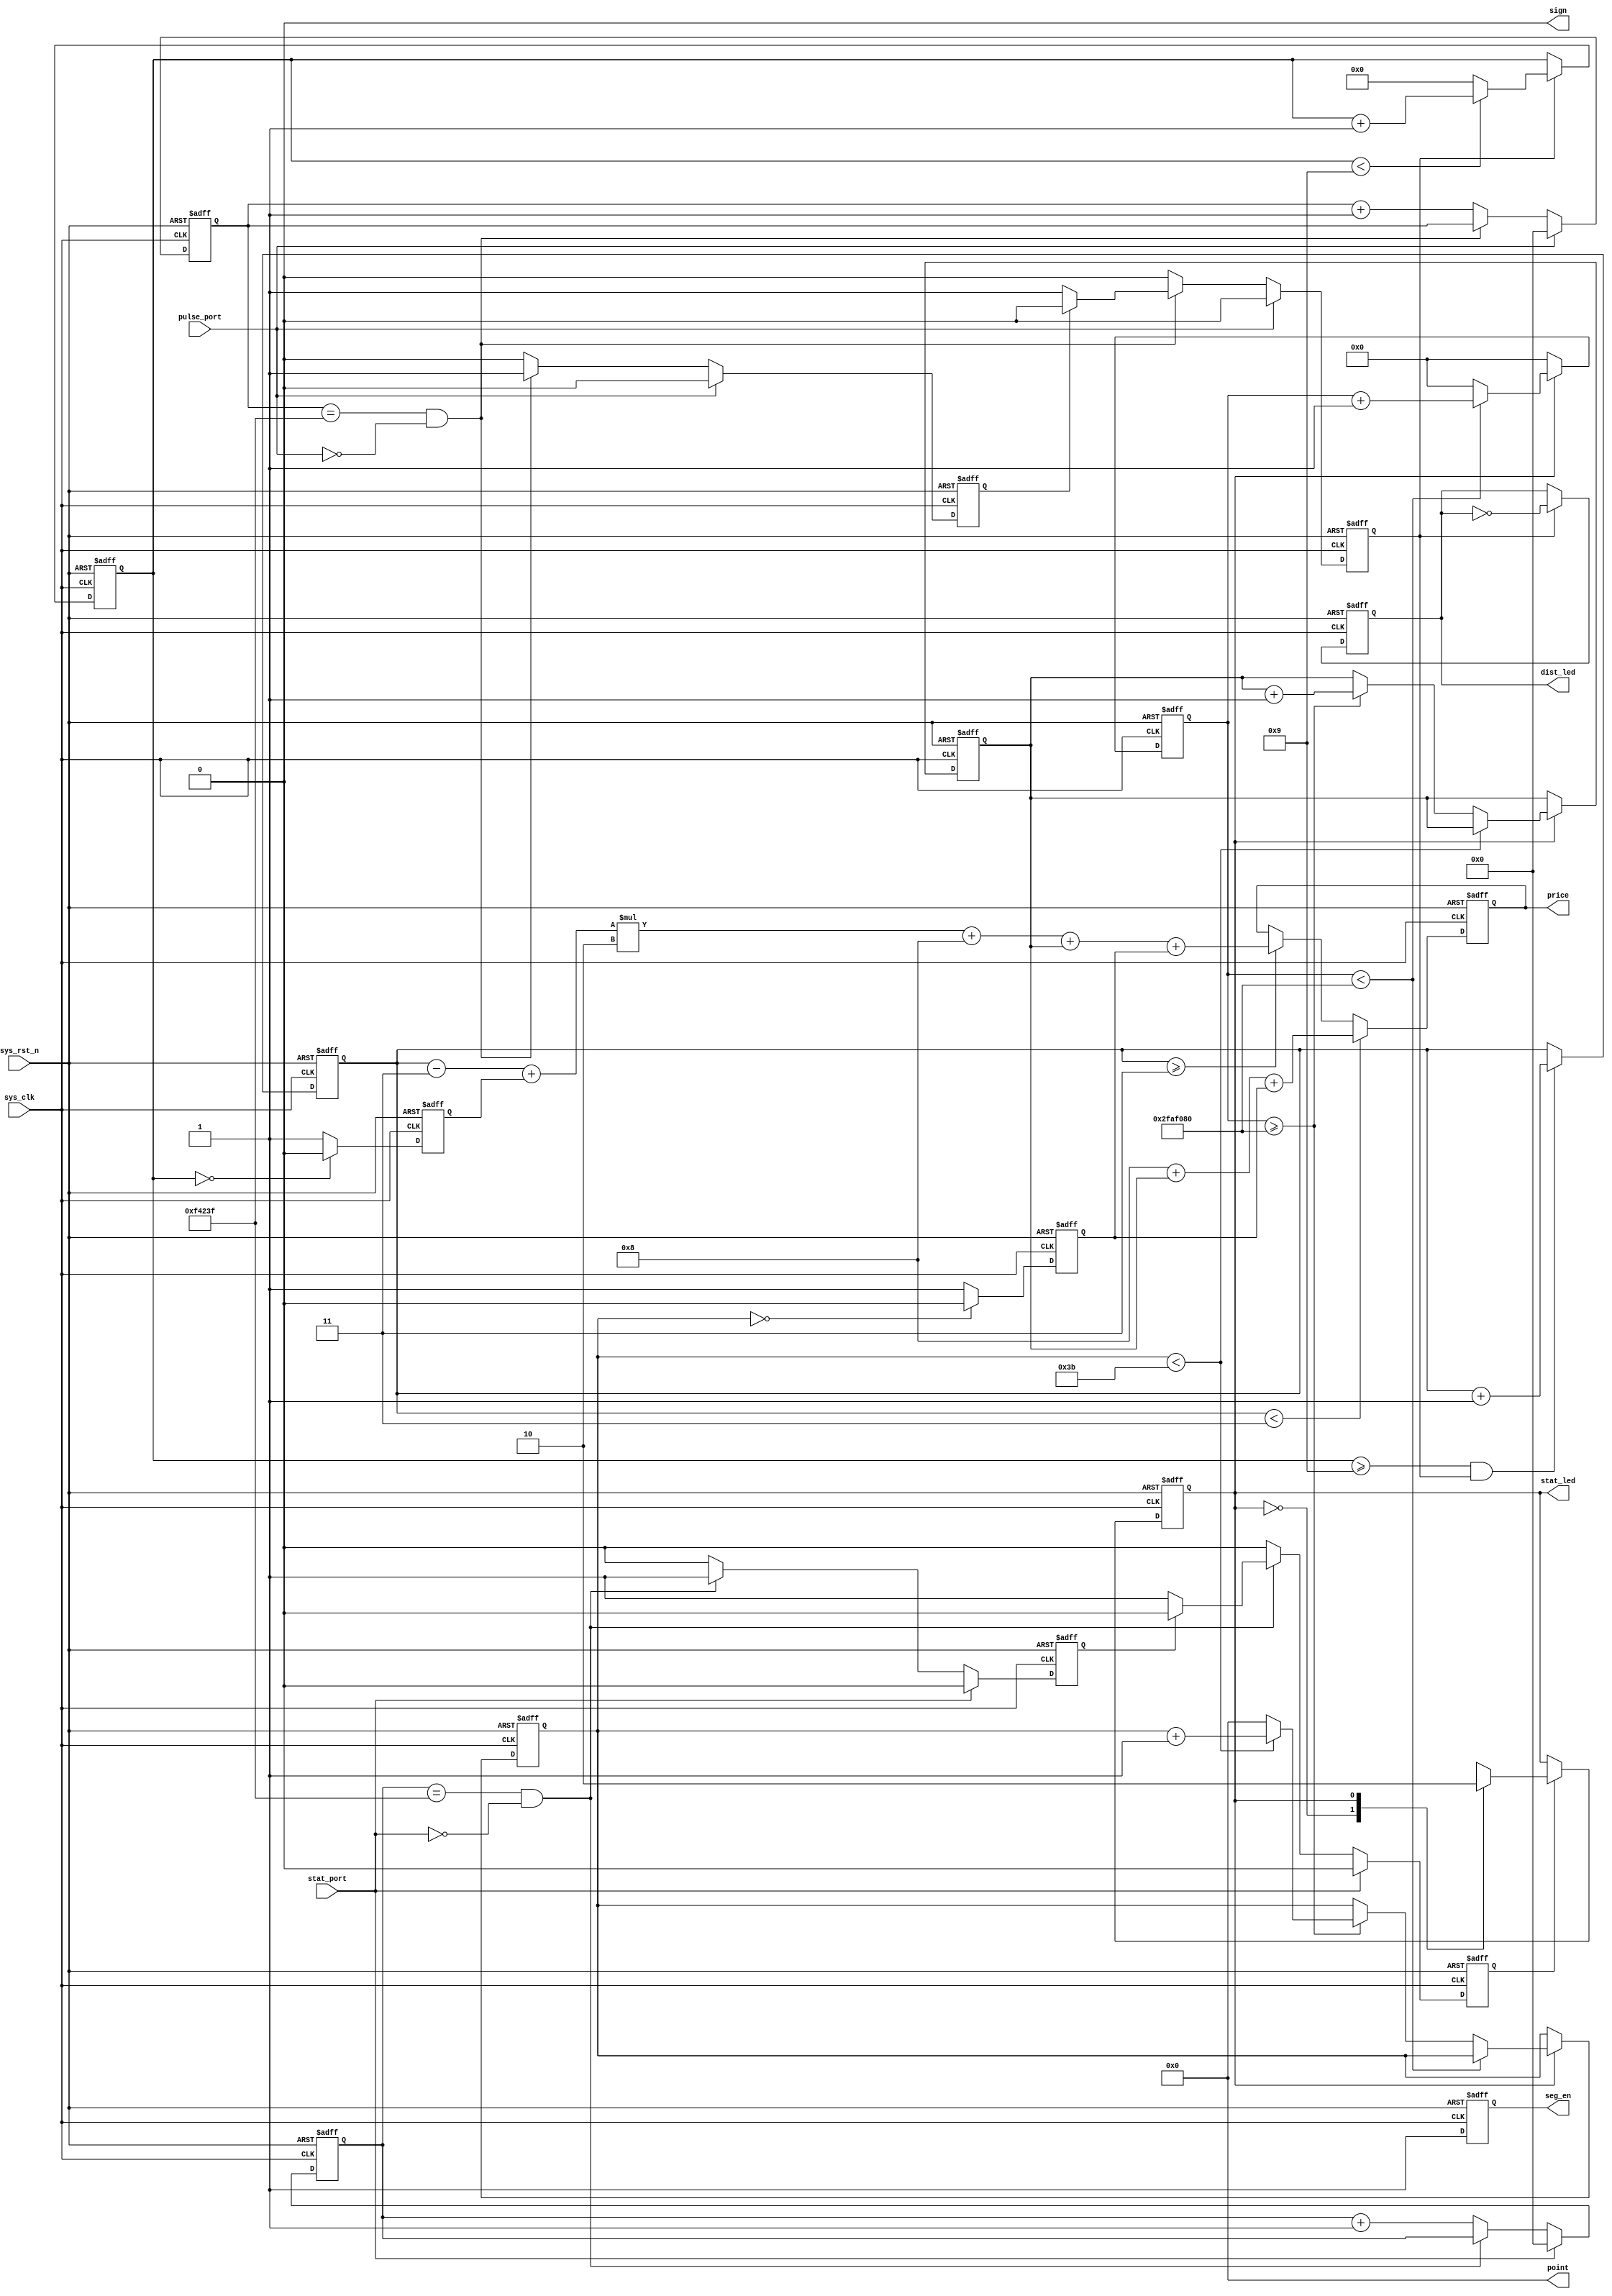
////////////////////////////////////////////////////////////////////////
// Module Name   : data_gen
// Project Name  : taxi-meter
// Target Devices: Altera EP4CE10F17C8N
// Tool Versions : Quartus 13.1
// Description   : 
//
// Revision      : V1.0
// Additional Comments:
////////////////////////////////////////////////////////////////////////

`timescale  1ns/1ns

module  data_gen
#(
    parameter CNT_MAX = 20'd999_999     ,   // 20ms
    parameter Freq    = 26'd50_000_000      //50MHz
)(
    input   wire            sys_clk     ,   //
    input   wire            sys_rst_n   ,   //
    input   wire            pulse_port  ,   //
    input   wire            stat_port   ,   //
    
    output  wire    [5:0]   point       ,   //,
    output  reg     [19:0]  price       ,   //
    output  reg             seg_en      ,   //
    output  wire            sign        ,   //
    output  wire            stat_led    ,   //led
    output  reg             dist_led        //100led
);


//
assign  point   =   6'b000_000;
assign  sign    =   1'b0;

reg         drive_stat  ;   //012

reg         pulse_flag      ;   //pulse_flag = 1 
reg         stat_flag       ;   //stat_flag = 1 
reg         pulse_flag_flag ;   //
reg         stat_flag_flag  ;   //

reg [19:0]  cnt_20ms    ;   //
reg [19:0]  cnt_20ms1   ;   //

// reg [19:0]  pulse_num   ;   //
reg [19:0]  km_num      ;   //
reg [3:0]   hm_num      ;   //

reg [25:0]  wait_cnt    ;   //26bit1s
reg [19:0]  wait_min    ;   //
reg [5:0]   wait_sec    ;   //1min

reg a;
reg b;

assign stat_led = drive_stat;
//****************************************************************************************************************
//drive_stat = 1
//wait_cnt
always @(posedge sys_clk or negedge sys_rst_n) begin
    if (sys_rst_n == 1'b0) //
        wait_cnt <= 26'd0;

    else if (drive_stat == 1'b1) begin// drive_stat = 1
        if (wait_cnt < Freq) 
            wait_cnt <= wait_cnt + 1'b1; //1
        else
            wait_cnt <= 26'd0;//wait_cnt>=
    end
    else
        wait_cnt <= 26'd0; //
end

//wait_sec
always @(posedge sys_clk or negedge sys_rst_n) begin
    if (sys_rst_n == 1'b0) begin
        wait_sec <= 1'b0;
    end
    else if (drive_stat == 1'b1) begin
        if (wait_cnt < Freq) begin
            wait_sec <= wait_sec;
        end
        else if (wait_cnt >= Freq) begin
            if (wait_sec < 'd59)
                wait_sec <= wait_sec + 1'd1;
            else
                wait_sec <= 1'd0;
        end
    end
    else
        wait_sec <= wait_sec;
end

//wait_min
always @(posedge sys_clk or negedge sys_rst_n) begin
    if (sys_rst_n == 1'b0)
        wait_min <= 20'd0;

    else if (drive_stat == 1'd1) begin
        if (wait_sec < 'd59)
            wait_min <= wait_min;
        else if (wait_cnt >= Freq)
            wait_min <= wait_min + 20'd1;
        else
            wait_min <= wait_min;
    end    

    else
        wait_min <= wait_min;
end
//****************************************************************************************************************
//
//82
always @(posedge sys_clk or negedge sys_rst_n) begin
    if (sys_rst_n == 1'b0)
        price <= 20'd0;

    else begin
        if (km_num < 20'd3)//30
            price <= 20'd8 + wait_min + a; //8,
        else if (km_num >= 20'd3) //3
            //3km1km28
            price <= ((km_num - 20'd3 + b) * 20'd2) + 20'd8 + wait_min + a; 
            // price <= (wait_min * 'd100) + wait_sec;
            // price <= (km_num * 'd10) + hm_num; 
        else
            price <= price;
    end
end

//****************************************************************************************************************
//
// assign a = (wait_sec == 6'd0) ? 20'd0 : 20'd1;
always @(posedge sys_clk or negedge sys_rst_n) begin
    if (sys_rst_n == 1'b0)
        a <= 1'b0;
    else if (wait_sec == 6'd0) //00
        a <= 1'b0;
    else
        a <= 1'b1; //0
end

//

// assign b = (hm_num == 4'd0) ? 20'd0 : 20'd1;
always @(posedge sys_clk or negedge sys_rst_n) begin
    if (sys_rst_n == 1'b0)
        b <= 1'b0;
    else if (hm_num == 4'd0) //0
        b <= 1'b0;
    else
        b <= 1'b1; //02
end
//****************************************************************************************************************
//
always @(posedge sys_clk or negedge sys_rst_n) begin
    if (sys_rst_n == 1'b0) begin
        hm_num <= 4'd0; //
        dist_led <= 1'b0;
    end
    else if (pulse_flag == 1'b1) begin
        dist_led <= ~dist_led;
        if (hm_num < 4'd9) //
            hm_num <= hm_num + 1'd1; //+1
        else //900
            hm_num <= 4'd0; 
    end
    else begin
        dist_led <= dist_led;
        hm_num <= hm_num;
    end
end

always @(posedge sys_clk or negedge sys_rst_n) begin
    if (sys_rst_n == 1'b0)
        km_num <= 20'd0;
    else if (hm_num >= 4'd9 && pulse_flag == 1'b1) //900
        km_num <= km_num + 20'd1;
    else 
        km_num <= km_num;
end

// always @(posedge sys_clk or negedge sys_rst_n) begin
//     if (sys_rst_n == 1'b0) begin//
//         pulse_num <= 20'd0;
//         km_num <= 20'd0;
//     end

//     else if (pulse_flag == 1'b1) begin//pulse_flag 
//         if (pulse_num == 20'd10) begin //101
//             km_num <= km_num + 20'd1; //1km
//             pulse_num <= 20'd1; //10
//         end

//         else if (pulse_num < 20'd10) begin //10
//             pulse_num <= pulse_num + 20'd1; //100m
//             km_num <= km_num;
//         end
//         else begin
//             pulse_num <= pulse_num;
//             km_num <= km_num;
//         end
//     end

//     else begin
//         pulse_num <= pulse_num;
//         km_num <= km_num;
//     end
// end

//****************************************************************************************************************
//
//stat_flag = 1 
always @(posedge sys_clk or negedge sys_rst_n) begin
    if (sys_rst_n == 1'b0) begin
        drive_stat <= 1'b0; //0
    end
    else if (stat_flag == 1'b1) begin //
        case(drive_stat)
            1'b0    : drive_stat <= 1'b1; 		// drive_stat01
            1'b1    : drive_stat <= 1'b0; 		// drive_stat10
            default  : drive_stat <= 1'b0; 		// If sel is anything else, out is always 0
        endcase
    end
    else begin
        drive_stat <= drive_stat;
    end
end

//****************************************************************************************************************
//
//cnt_20ms1:
always@(posedge sys_clk or negedge sys_rst_n) begin
    if(sys_rst_n == 1'b0) begin
        cnt_20ms1 <= 20'b0;
        stat_flag <= 1'b0;
        stat_flag_flag <= 1'b0;
    end

    else if(stat_port == 1'b1) begin//1
        cnt_20ms1 <= 20'b0;
        stat_flag <= 1'b0;
        stat_flag_flag <= 1'b0;
    end

    else if(cnt_20ms1 == CNT_MAX && stat_port == 1'b0) begin //0
        cnt_20ms1 <= cnt_20ms1;

        if (stat_flag_flag == 1'b0)
            stat_flag <= 1'b1;
        else
            stat_flag <= 1'b0;

        stat_flag_flag <= 1'b1; //
    end

    else begin
        cnt_20ms1 <= cnt_20ms1 + 1'b1;
        stat_flag <= 1'b0;        
        stat_flag_flag <= 1'b0;
    end
end

//
// always @(posedge sys_clk or negedge sys_rst_n) begin
//     if (sys_rst_n == 1'b0)
//         stat_flag <= 1'b1;

//     else if (cnt_20ms1 == CNT_MAX)
//         stat_flag <= 1'b0; //

//     else
//         stat_flag <= stat_flag;
// end
//****************************************************************************************************************
//
//cnt_20ms:
//pulse_flag:20ms
// pulse_flag 999_999,
always@(posedge sys_clk or negedge sys_rst_n) begin
    if(sys_rst_n == 1'b0) begin
        cnt_20ms <= 20'b0;
        pulse_flag <= 1'b0;
        pulse_flag_flag <= 1'b0;
    end

    else if(pulse_port == 1'b1) begin//1
        cnt_20ms <= 20'b0;
        pulse_flag <= 1'b0;
        pulse_flag_flag <= 1'b0;
    end

    else if(cnt_20ms == CNT_MAX && pulse_port == 1'b0) begin//0
        cnt_20ms <= cnt_20ms;

        if(pulse_flag_flag == 1'b0)
            pulse_flag <= 1'b1;
        else
            pulse_flag <= 1'b0;

        pulse_flag_flag <= 1'b1;
    end

    else begin
        cnt_20ms <= cnt_20ms + 1'b1;
        pulse_flag <= 1'b0;
        pulse_flag_flag <= 1'b0;
    end
end

// always@(posedge sys_clk or negedge sys_rst_n) begin
//     if(sys_rst_n == 1'b0)
//         pulse_flag <= 1'b0; //pulse_flag 

//     else if(cnt_20ms == CNT_MAX) //
//         pulse_flag <= 1'b1; //pulse_flag

//     else
//         pulse_flag <= 1'b0;
// end

//****************************************************************************************************************
//
always@(posedge sys_clk or negedge sys_rst_n)
    if(sys_rst_n == 1'b0)
        seg_en  <=  1'b0;
    else
        seg_en  <=  1'b1;
//****************************************************************************************************************

endmodule